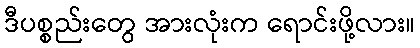
ဒီပစ္စည်းတွေ အားလုံးက ရောင်းဖို့လား။